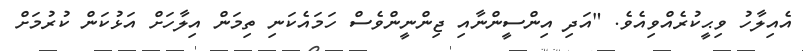
އެއިލާހު ވިޙީކުރެއްވިއެވެ. "އަދި އިންސީންނާއި ޖިންނީންވެސް ހަމައެކަނި ތިމަން އިލާހަށް އަޅުކަން ކުރުމަށް